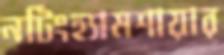
নটিংহ্যামশায়ার